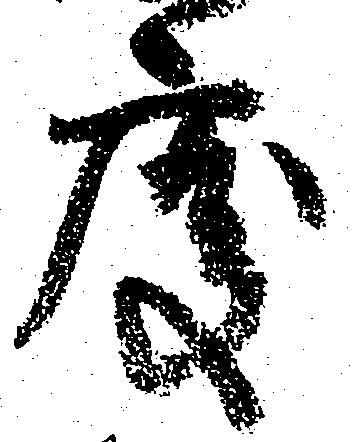
度